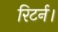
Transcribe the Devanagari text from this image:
रिटर्न।